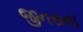
જીનસના